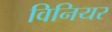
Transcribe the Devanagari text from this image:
विनियर